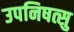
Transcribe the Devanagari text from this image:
उपनिषत्सु